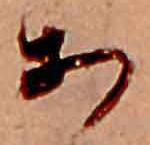
あ